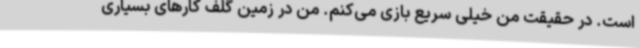
است. در حقیقت من خیلی سریع بازی می‌کنم. من در زمین گلف کارهای بسیاری